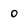
Character: 0